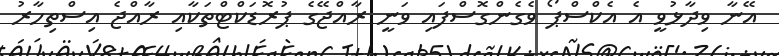
އޭނާ ވިދާޅުވީ އެ އެކްސްޕޯ ވެގެންގޮސްފައި ވަނީ ރާއްޖޭގެ ޕުރޮޑަކްޓްތަކާއި ރާއްޖެ އިސްތިހާރު